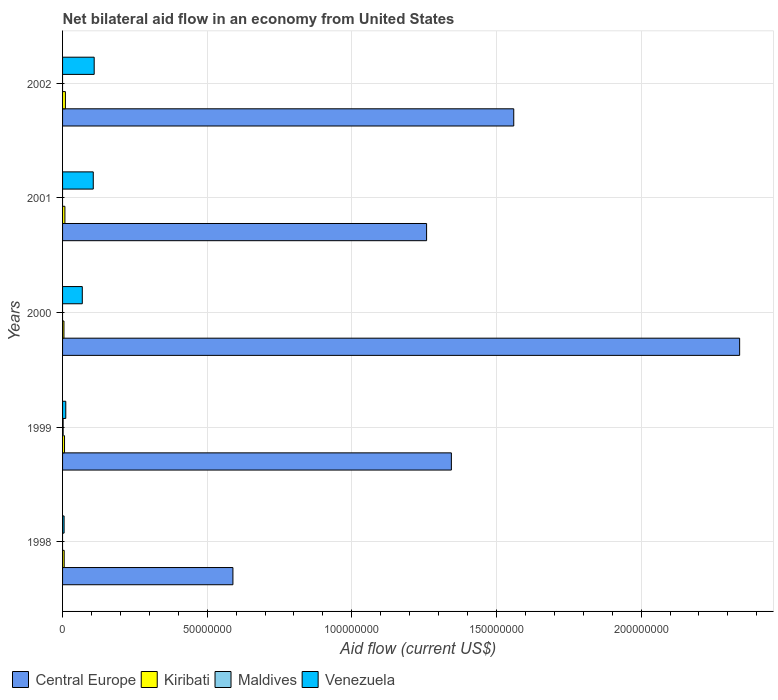
| Years | Central Europe | Kiribati | Maldives | Venezuela |
 | --- | --- | --- | --- | --- |
 | 1998 | 5.89e+07 | 5.6e+05 | -9e+04 | 5.3e+05 |
 | 1999 | 1.34e+08 | 6.8e+05 | 2e+05 | 1.11e+06 |
 | 2000 | 2.34e+08 | 4.8e+05 | -9e+04 | 6.82e+06 |
 | 2001 | 1.26e+08 | 8.1e+05 | -4e+04 | 1.06e+07 |
 | 2002 | 1.56e+08 | 9.8e+05 | -9e+04 | 1.09e+07 |